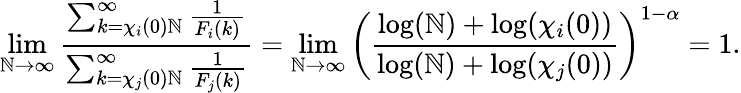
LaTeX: \operatorname*{lim}_{\mathbb{N}\to\infty}\frac{{\sum_{k=\chi_{i}(0)\mathbb{N}}^{\infty}\frac{{1}}{{F_{i}(k)}}}}{{\sum_{k=\chi_{j}(0)\mathbb{N}}^{\infty}\frac{{1}}{{F_{j}(k)}}}}=\operatorname*{lim}_{\mathbb{N}\to\infty}\left(\frac{{\log(\mathbb{N})+\log(\chi_{i}(0))}}{{\log(\mathbb{N})+\log(\chi_{j}(0))}}\right)^{1-\alpha}=1.